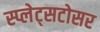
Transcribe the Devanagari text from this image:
स्प्लेट्सटोसर